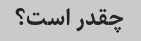
چقدر است؟